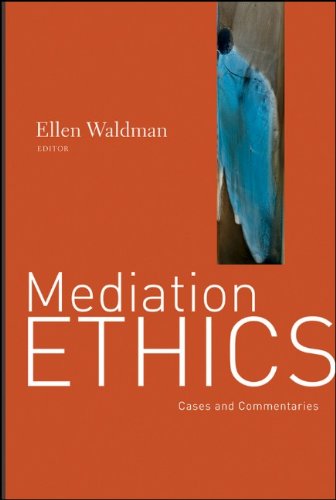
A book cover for Mediation Ethics: Cases and Commentaries; Ellen Waldman; Law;